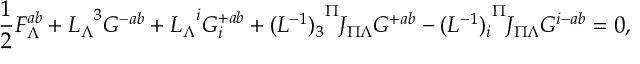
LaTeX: { \frac { 1 } { 2 } } F _ { \Lambda } ^ { a b } + { L _ { \Lambda } } ^ { 3 } G ^ { - a b } + { L _ { \Lambda } } ^ { i } G _ { i } ^ { + a b } + { ( L ^ { - 1 } ) _ { 3 } } ^ { \Pi } J _ { \Pi \Lambda } G ^ { + a b } - { ( L ^ { - 1 } ) _ { i } } ^ { \Pi } J _ { \Pi \Lambda } G ^ { i - a b } = 0 ,